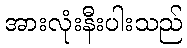
အားလုံးနီးပါးသည်